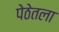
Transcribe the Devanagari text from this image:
पेठेतला